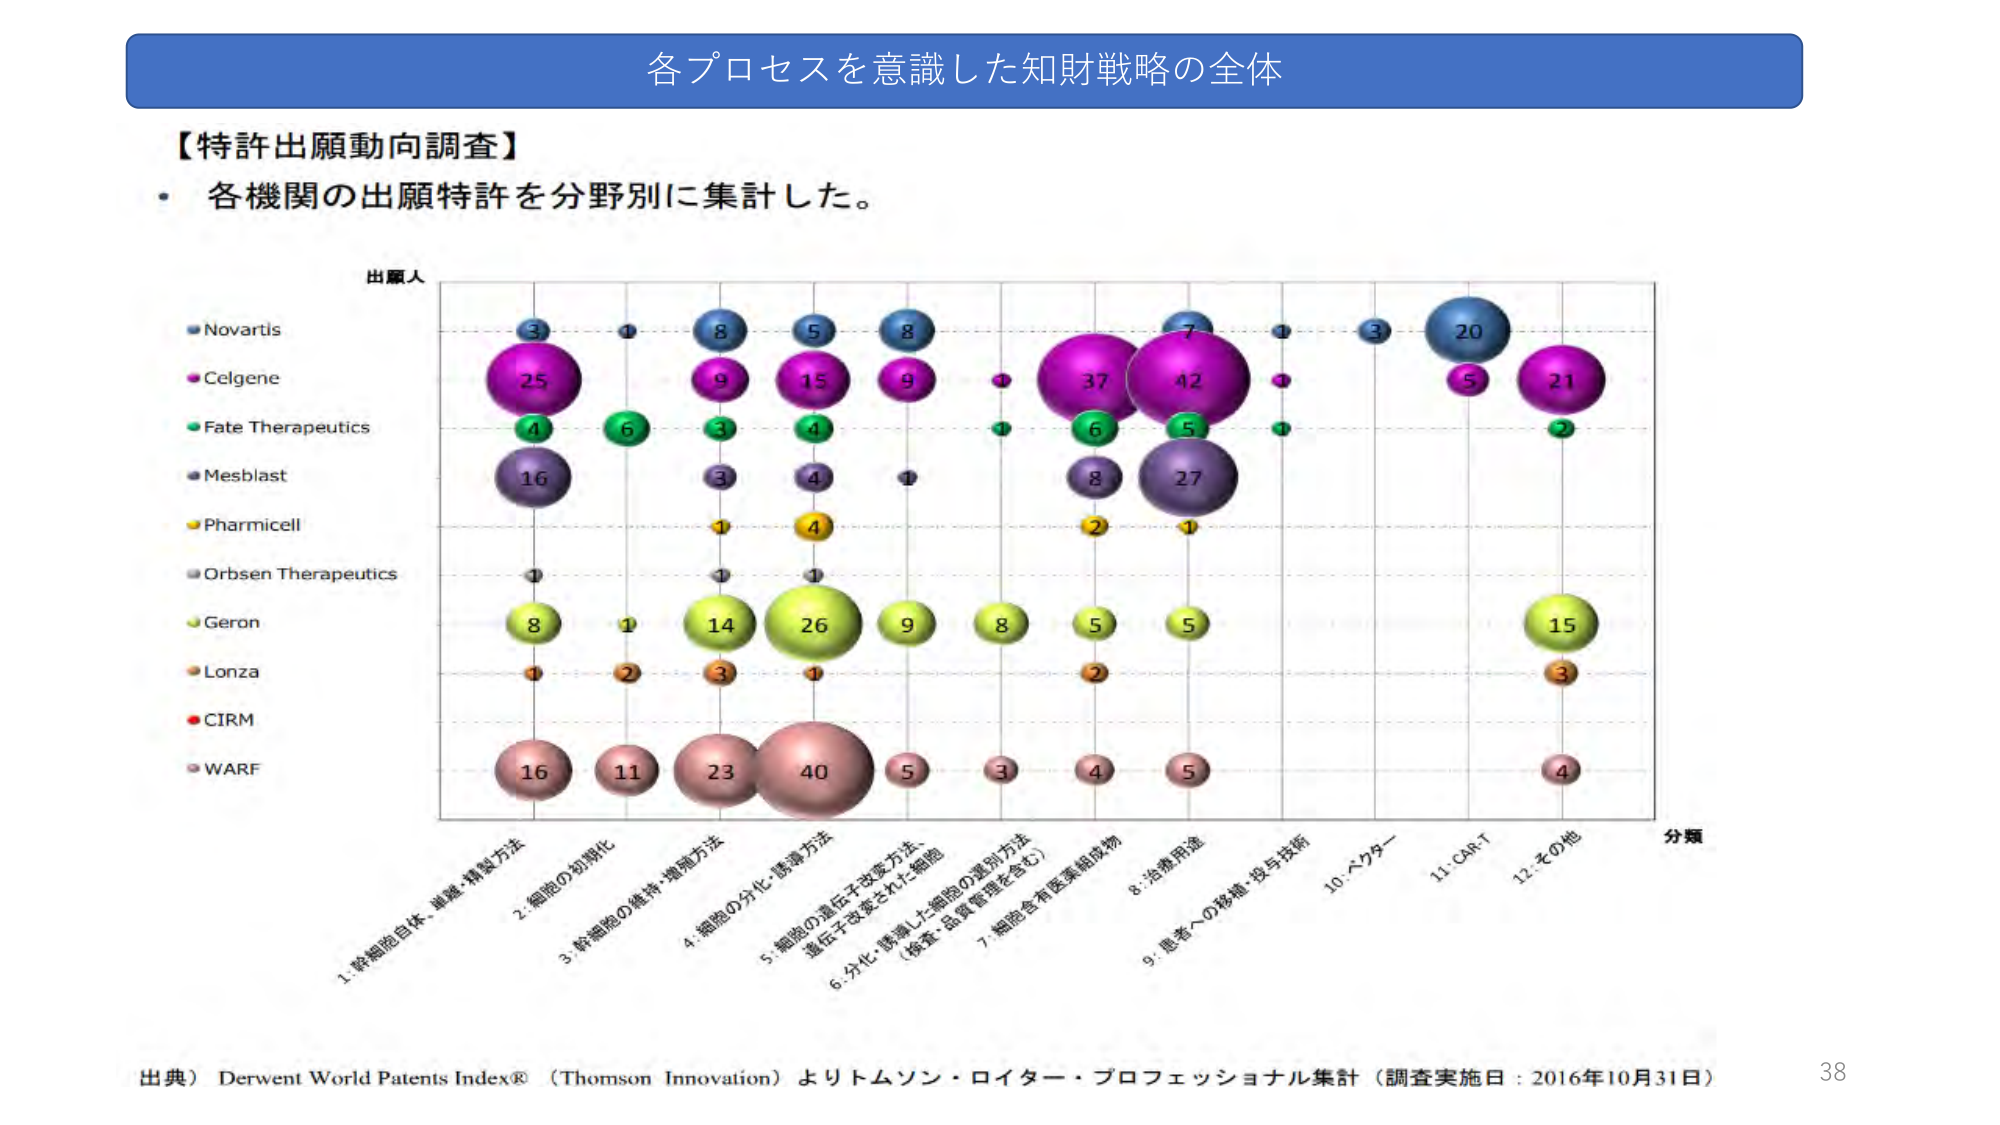
各プロセスを意識した知財戦略の全体

【特許出願動向調査】
・ 各機関の出願特許を分野別に集計した。

出願人
Novartis
Celgene
Fate Therapeutics
Mesblast
Pharmicell
Orbsen Therapeutics
Geron
Lonza
CIRM
WARF

分類
1: 幹細胞自体、単離・精製方法
2: 細胞の初期化
3: 幹細胞の維持・増殖方法
4: 細胞の分化・誘導方法
5: 細胞の遺伝子改変方法、
　遺伝子改変された細胞
6: 分化・誘導した細胞の選別方法
　（検査・品質管理を含む）
7: 細胞含有医薬組成物
8: 治療用途
9: 患者への移植・投与技術
10: ベクター
11: CAR-T
12: その他

出典） Derwent World Patents Index® （Thomson Innovation）よりトムソン・ロイター・プロフェッショナル集計（調査実施日：2016年10月31日）

38